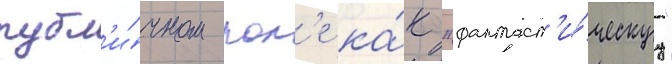
публ'и́чном пол'е ка́к "фантаст'и́ческуу"